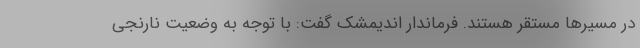
در مسیرها مستقر هستند. فرماندار اندیمشک گفت: با توجه به وضعیت نارنجی